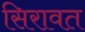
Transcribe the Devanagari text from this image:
सिरावत